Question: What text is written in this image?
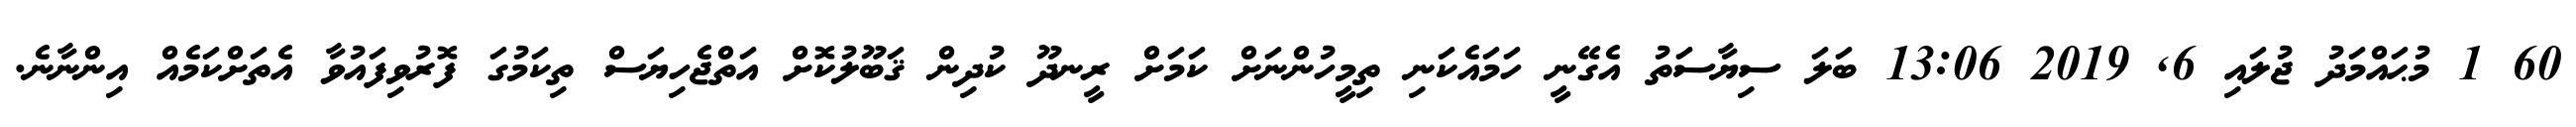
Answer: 60 1 މުޙައްމަދު ޖުލައި 6, 2019 13:06 ބަލަ ސިޔާސަތު އެގޭނީ ހަމައެކަނި ތިމީހުންނަށް ކަމަށް ރީނދޫ ކުދިން ޤަބޫލުކޮށް އަތްޖެހިޔަސް ތިކަމުގަ ފޮރުވިފައުވާ އެތަށްކަމެއް އިންނާނެ.